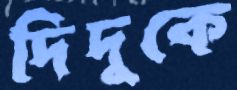
দিদুকে